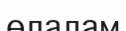
өлалам